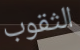
الثقوب